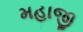
મહાજી